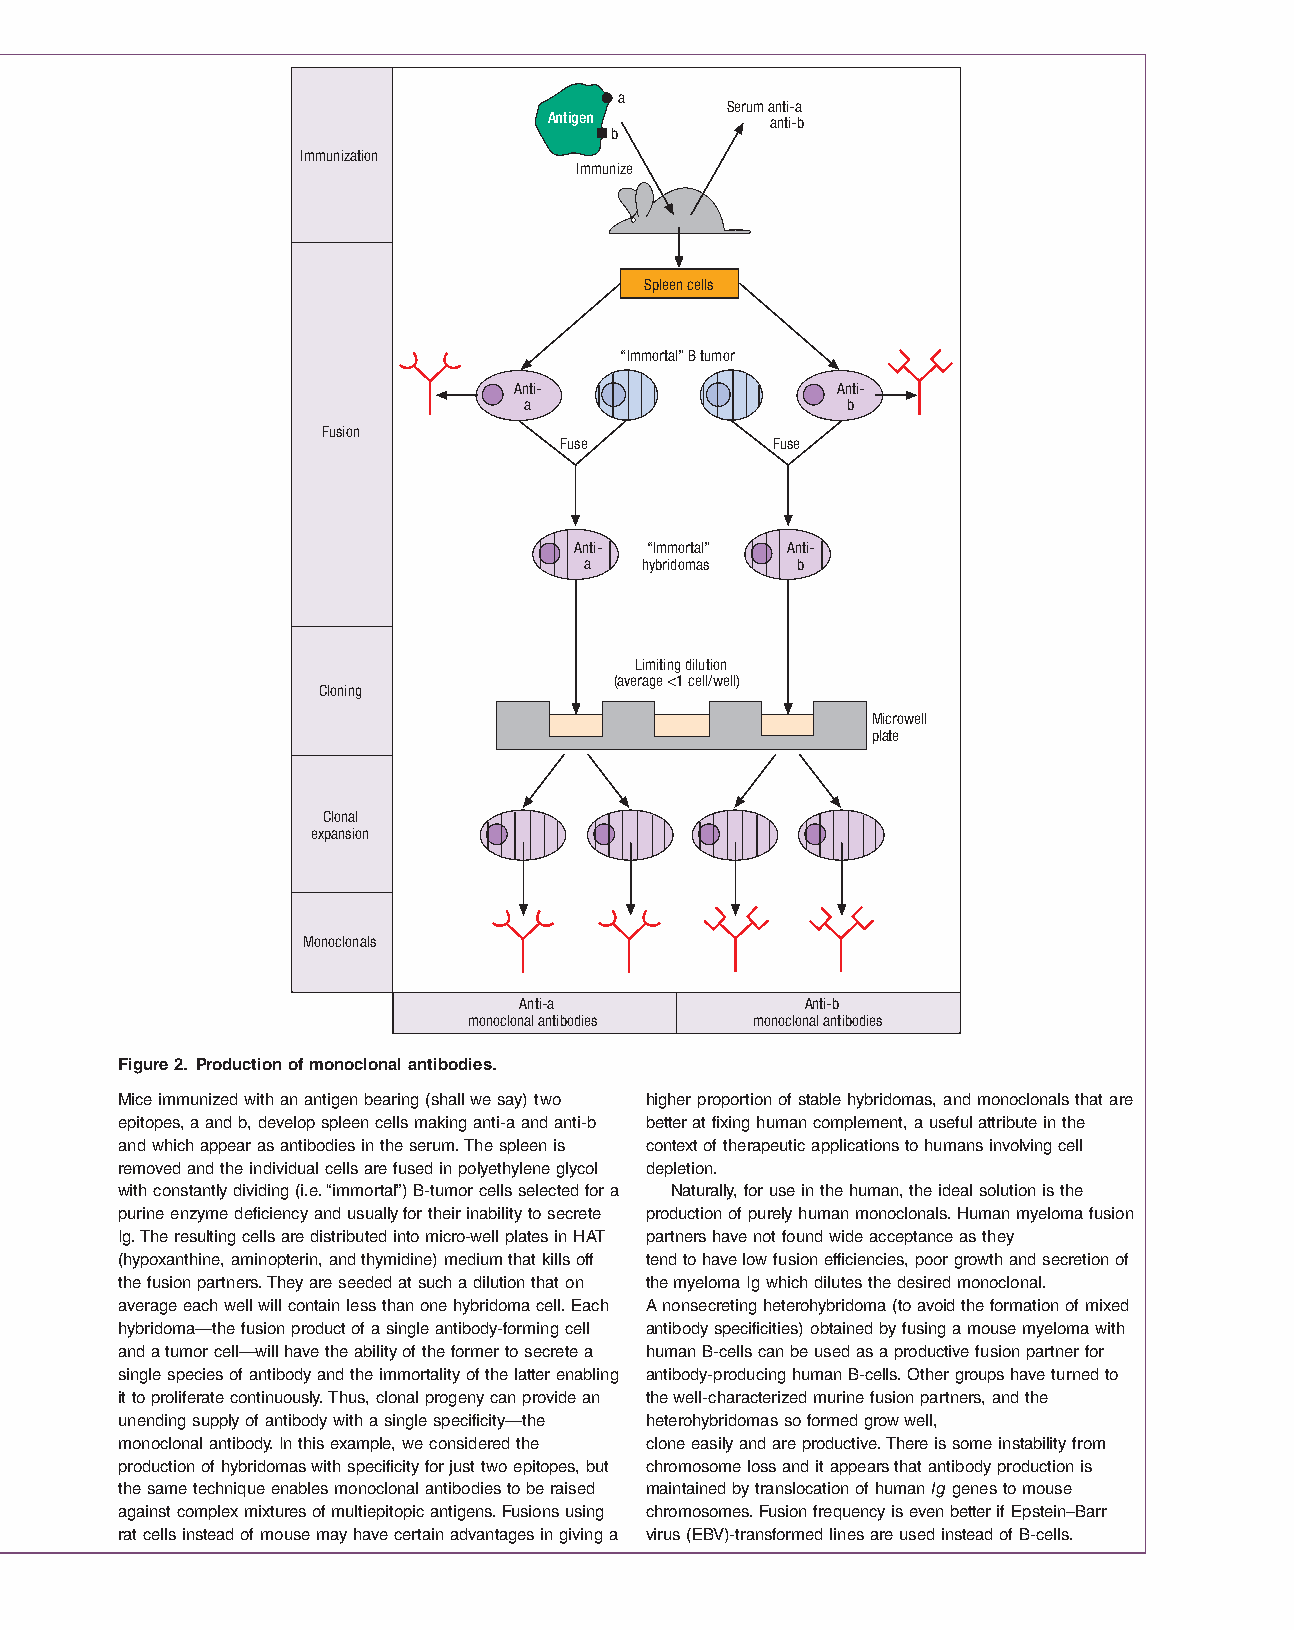
a
 Serum anti-a
 Antigen        anti-b
 b
 Immunization
 Immunize
 Spleen cells
 “Immortal” B tumor
 Anti-                Anti-
 a                    b
 Fusion
 Fuse          Fuse
 Anti- “Immortal” Anti-
 a  hybridomas b
 Limiting dilution
 (average <1 cell/well)
 Cloning
 Microwell
 plate
 Clonal
 expansion
 Monoclonals
 Anti-a             Anti-b
 monoclonal antibodies monoclonal antibodies
 Figure 2. Production of monoclonal antibodies.
 Mice immunized with an antigen bearing (shall we say) two higher proportion of stable hybridomas, and monoclonals that are
 epitopes, a and b, develop spleen cells making anti-a and anti-b better at fixing human complement, a useful attribute in the
 and which appear as antibodies in the serum. The spleen is context of therapeutic applications to humans involving cell
 removed and the individual cells are fused in polyethylene glycol depletion.
 with constantly dividing (i.e. “immortal”) B-tumor cells selected for a Naturally, for use in the human, the ideal solution is the
 purine enzyme deficiency and usually for their inability to secrete production of purely human monoclonals. Human myeloma fusion
 Ig. The resulting cells are distributed into micro-well plates in HAT partners have not found wide acceptance as they
 (hypoxanthine, aminopterin, and thymidine) medium that kills off tend to have low fusion efficiencies, poor growth and secretion of
 the fusion partners. They are seeded at such a dilution that on the myeloma Ig which dilutes the desired monoclonal.
 average each well will contain less than one hybridoma cell. Each A nonsecreting heterohybridoma (to avoid the formation of mixed
 hybridoma—the fusion product of a single antibody-forming cell antibody specificities) obtained by fusing a mouse myeloma with
 and a tumor cell—will have the ability of the former to secrete a human B-cells can be used as a productive fusion partner for
 single species of antibody and the immortality of the latter enabling antibody-producing human B-cells. Other groups have turned to
 it to proliferate continuously. Thus, clonal progeny can provide an the well-characterized murine fusion partners, and the
 unending supply of antibody with a single specificity—the heterohybridomas so formed grow well,
 monoclonal antibody. In this example, we considered the clone easily and are productive. There is some instability from
 production of hybridomas with specificity for just two epitopes, but chromosome loss and it appears that antibody production is
 the same technique enables monoclonal antibodies to be raised maintained by translocation of human Ig genes to mouse
 against complex mixtures of multiepitopic antigens. Fusions using chromosomes. Fusion frequency is even better if Epstein–Barr
 rat cells instead of mouse may have certain advantages in giving a virus (EBV)-transformed lines are used instead of B-cells.